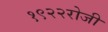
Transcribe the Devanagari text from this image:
१९२२रोजी